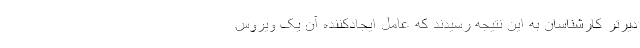
دیرتر کارشناسان به این نتیجه رسیدند که عامل ایجادکننده آن یک ویروس